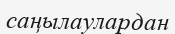
саңылаулардан